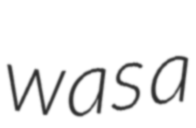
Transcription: was a